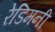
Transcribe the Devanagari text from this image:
रेडिमनी